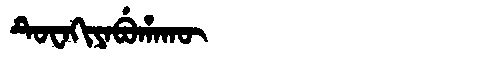
Manchu: ᡨᡠᠸᠠᡴᡳᠶᠠᠪᡠᡥᠠᡴᡡ
Romanization: TUWAKIYABUHAKŪ